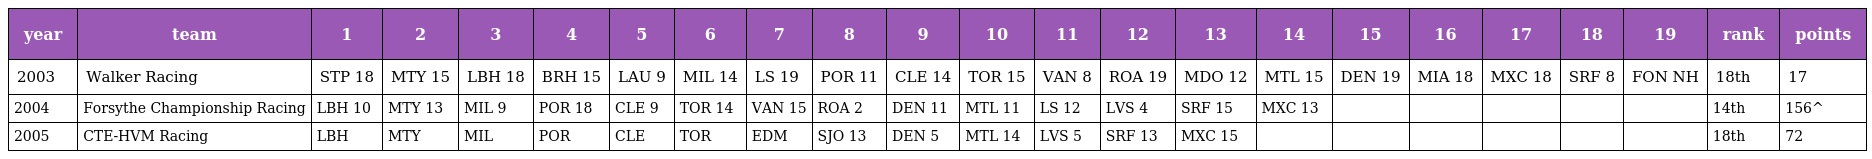
| year | team | 1 | 2 | 3 | 4 | 5 | 6 | 7 | 8 | 9 | 10 | 11 | 12 | 13 | 14 | 15 | 16 | 17 | 18 | 19 | rank | points |
 | --- | --- | --- | --- | --- | --- | --- | --- | --- | --- | --- | --- | --- | --- | --- | --- | --- | --- | --- | --- | --- | --- | --- |
 | 2003 | Walker Racing | STP 18 | MTY 15 | LBH 18 | BRH 15 | LAU 9 | MIL 14 | LS 19 | POR 11 | CLE 14 | TOR 15 | VAN 8 | ROA 19 | MDO 12 | MTL 15 | DEN 19 | MIA 18 | MXC 18 | SRF 8 | FON NH | 18th | 17 |
 | 2004 | Forsythe Championship Racing | LBH 10 | MTY 13 | MIL 9 | POR 18 | CLE 9 | TOR 14 | VAN 15 | ROA 2 | DEN 11 | MTL 11 | LS 12 | LVS 4 | SRF 15 | MXC 13 |  |  |  |  |  | 14th | 156^ |
 | 2005 | CTE-HVM Racing | LBH | MTY | MIL | POR | CLE | TOR | EDM | SJO 13 | DEN 5 | MTL 14 | LVS 5 | SRF 13 | MXC 15 |  |  |  |  |  |  | 18th | 72 |